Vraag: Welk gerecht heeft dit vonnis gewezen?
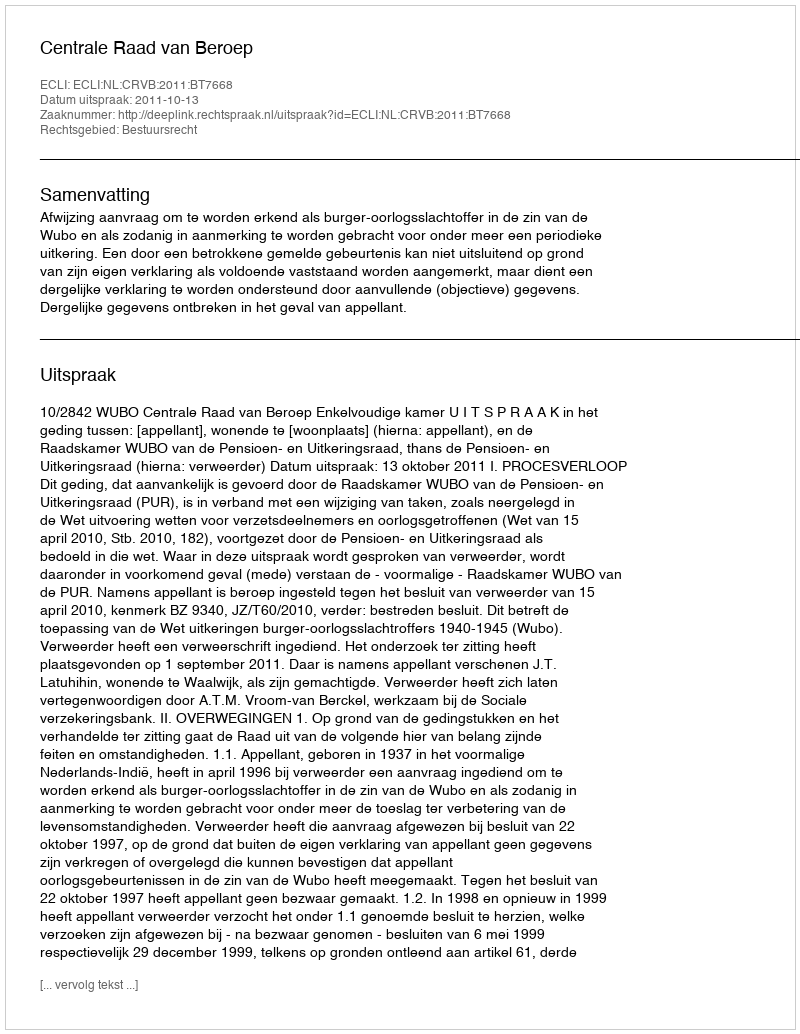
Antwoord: Centrale Raad van Beroep